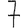
Digit: 7